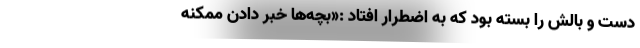
دست و بالش را بسته بود که به اضطرار افتاد :«بچه‌ها خبر دادن ممکنه